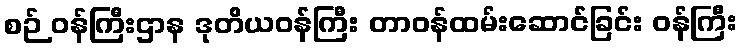
စဉ် ဝန်ကြီးဌာန ဒုတိယဝန်ကြီး တာဝန်ထမ်းဆောင်ခြင်း ဝန်ကြီး